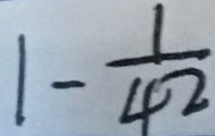
1 - \frac { 1 } { 4 2 }